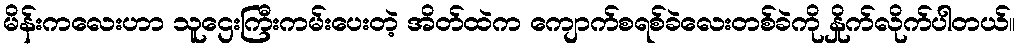
မိန်းကလေးဟာ သူဌေးကြီးကမ်းပေးတဲ့ အိတ်ထဲက ကျောက်စရစ်ခဲလေးတစ်ခဲကို နှိုက်လိုက်ပါတယ်။